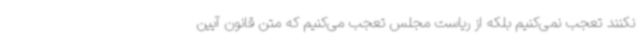
نکنند تعجب نمی‌کنیم بلکه از ریاست مجلس تعجب می‌کنیم که متن قانون آیین